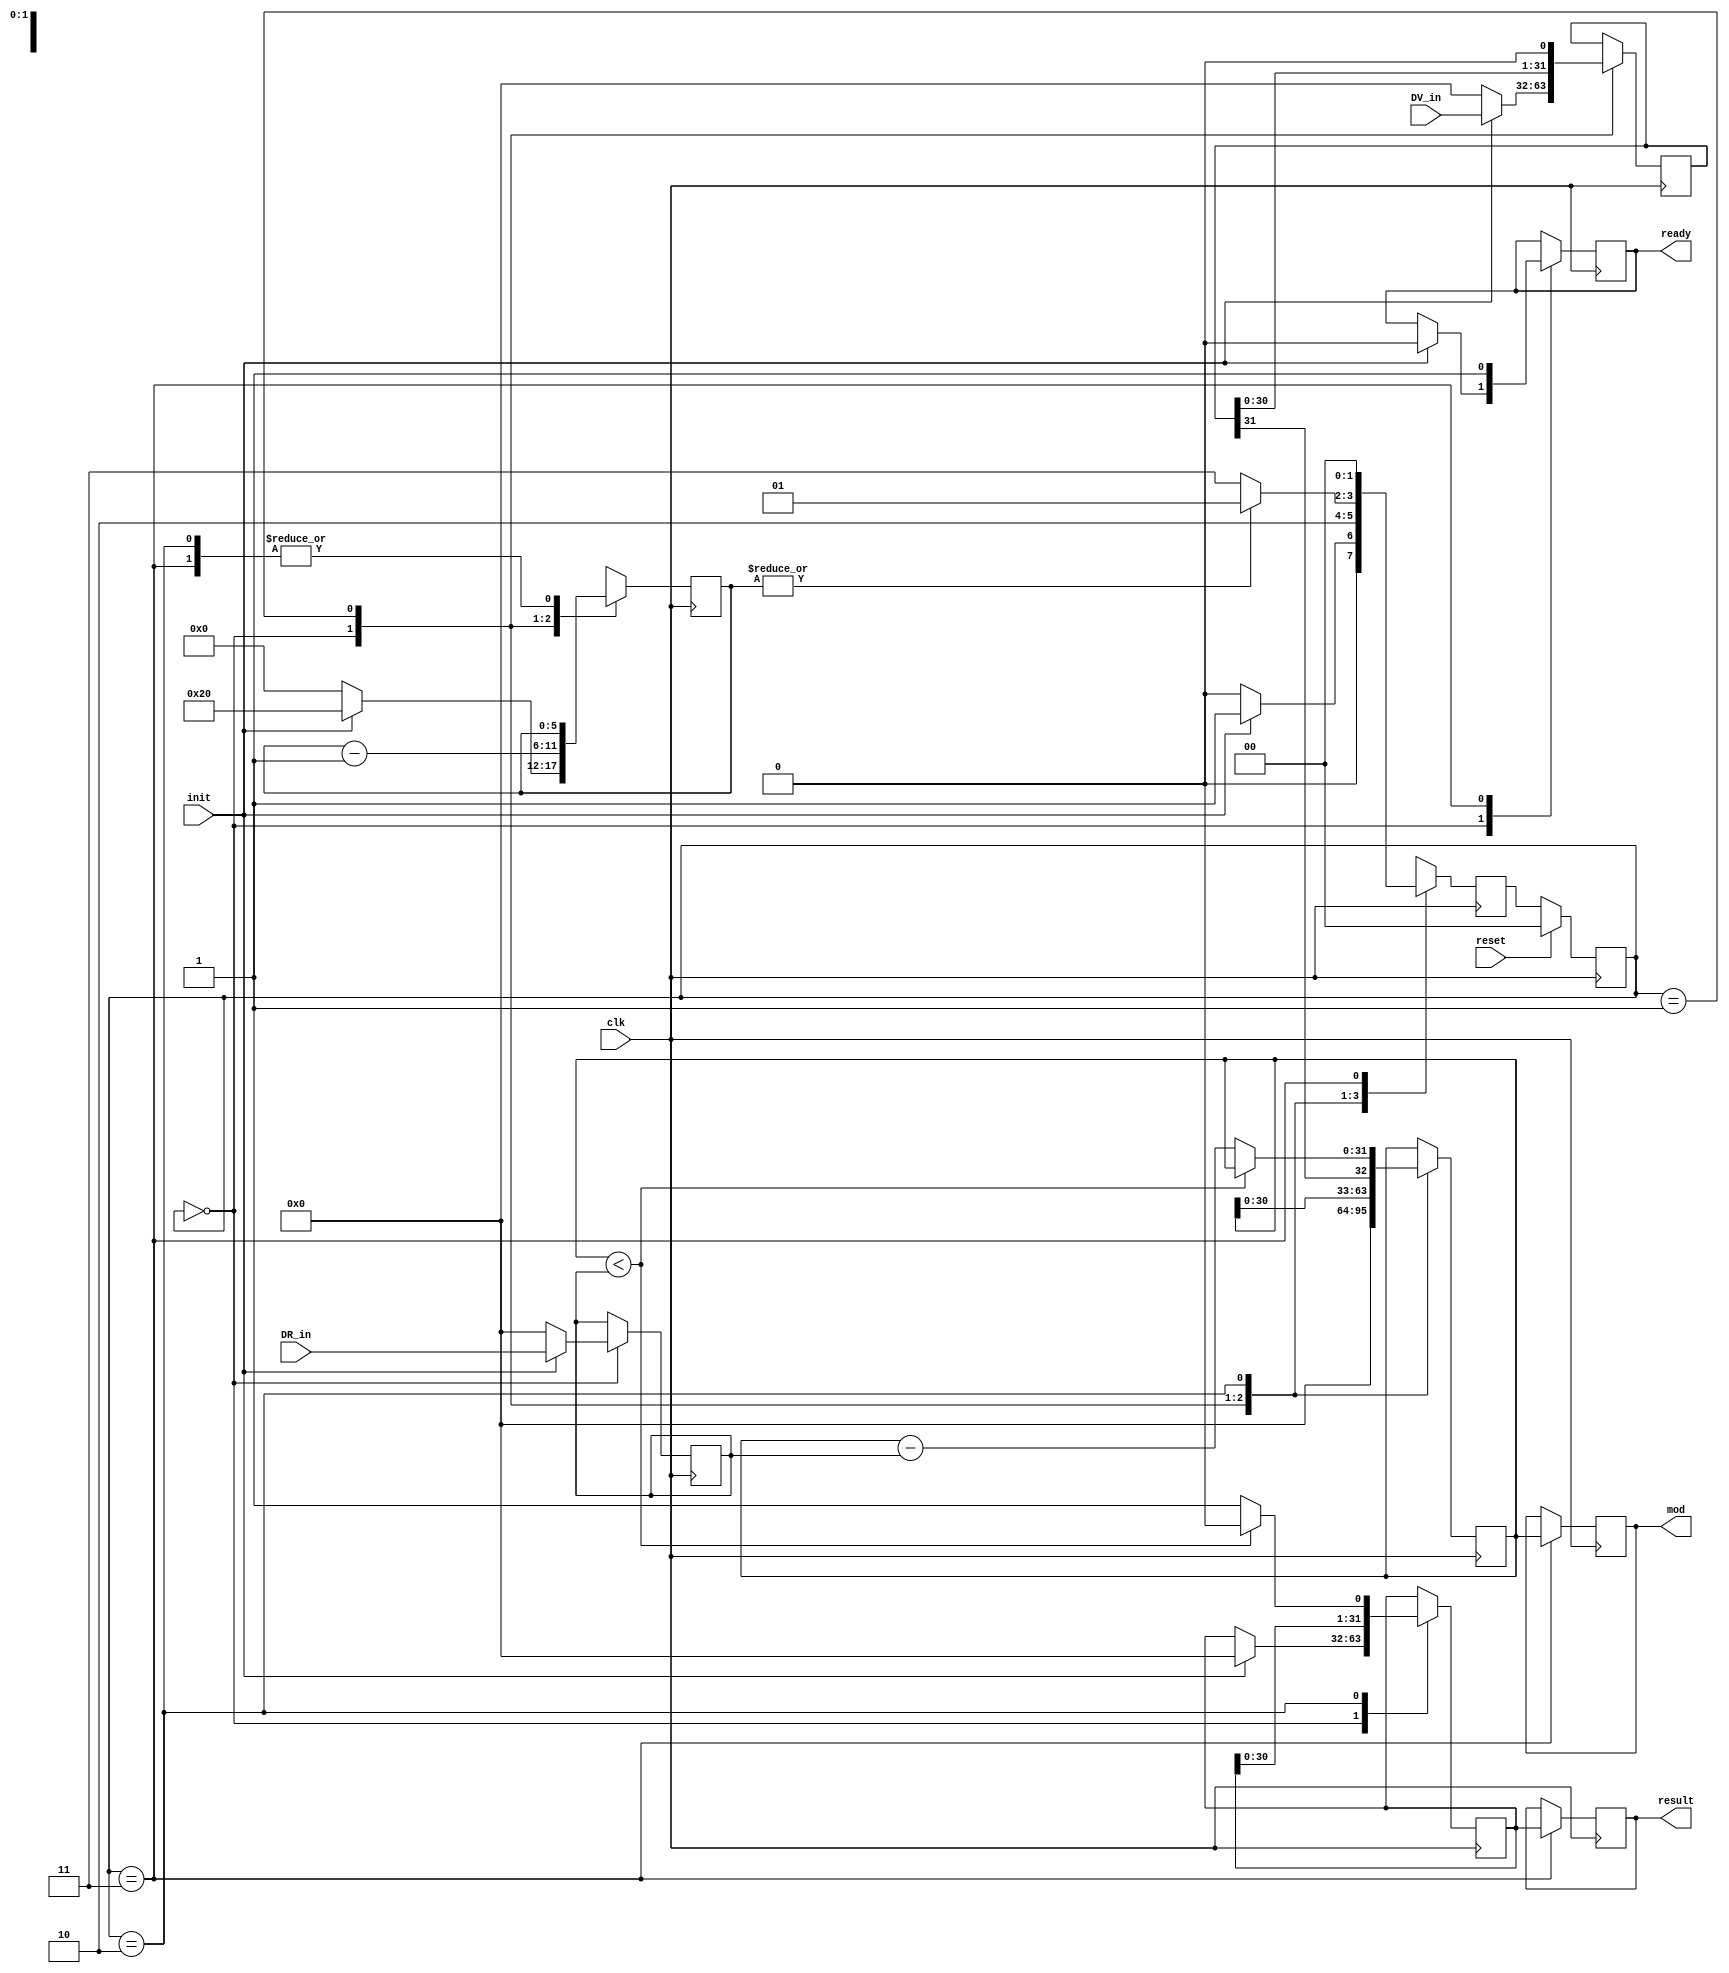
//-----------------------------------------------------
// Design Name : divisor 
//-----------------------------------------------------
module divisor #(
	parameter          freq_hz = 25000000
) (
	input				reset,
	input				clk,
	// operandos
	input [31:0]		DV_in,
	input [31:0]		DR_in,
	//
	input				init,	// control de inicio
	output reg			ready,	// verificacion resultado
	// resultado
	output reg [31:0]	result,
	output reg [31:0]	mod
	//	
);

reg	[1:0]	state, nextState;
reg	[31:0]	DV;
reg	[31:0]	DR;
reg [31:0]	PP;
reg	[31:0]	A;
reg	[5:0]	count;
reg			busy;

// Asignacin sncrona: Actualizacin del estado
always @(negedge clk)
begin
	if (reset) begin
		state	<= 0;
	end else begin
		state <= nextState;
	end
end

always @(posedge clk)
begin
	case (state)
		0: begin		// start
			if (!init) begin
				DV		<= 0;
				DR		<= 0;
				A		<= 0;
				count	<= 0;
				busy	<= 0;
				nextState <= 0;
			end else begin
				DV		<= DV_in;
				DR		<= DR_in;
				PP		<= 0;
				A		<= 0;
				count	<= 32;
				busy	<= 1;
				ready	<= 0;
				nextState <= 1;
			end
		end
		1: begin		// shift
			A	<= { A[30:0], DV[31] };
			DV	<= { DV[30:0], 1'b0 };
			count--;
			nextState <= 2;
		end
		2: begin		// check
			if (A < DR) begin
				PP	<= { PP[30:0], 1'b0 };
			end else begin
				PP	<= { PP[30:0], 1'b1 };
				A	<= A - DR;
			end
			if (|count) begin
				nextState <= 1;
			end else begin
				nextState <= 3;
			end
		end
		3: begin		// end
			ready	<= 1;
			busy	<= 0;
			result	<= PP;
			mod		<= A;
			nextState <= 0;
		end
		default: nextState <= 0;
	endcase
end

endmodule